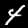
Label: 4